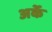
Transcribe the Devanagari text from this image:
अर्के